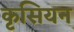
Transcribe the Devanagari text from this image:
कृसियन